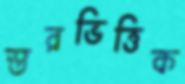
স্তরভিত্তিক